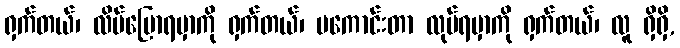
ရှက်တယ်၊ လိမ်ပြောရမှာကို ရှက်တယ်၊ မကောင်းတာ လုပ်ရမှာကို ရှက်တယ်၊ လူ ရှိရှိ,